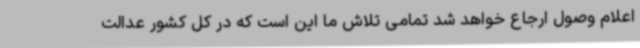
اعلام وصول ارجاع خواهد شد تمامی تلاش ما این است که در کل کشور عدالت